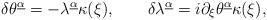
LaTeX: \begin{align*}\delta\theta^{\underline\alpha}=-\lambda^{\underline\alpha}\kappa(\xi),\qquad\delta\lambda^{\underline\alpha}=i\partial_\xi\theta^{\underline\alpha}\kappa(\xi),\end{align*}